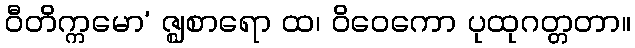
ဝီတိက္ကမော’ ဇ္ဈစာရော ထ၊ ဝိဝေကော ပုထုဂတ္တတာ။